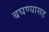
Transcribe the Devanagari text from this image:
बघण्यासह